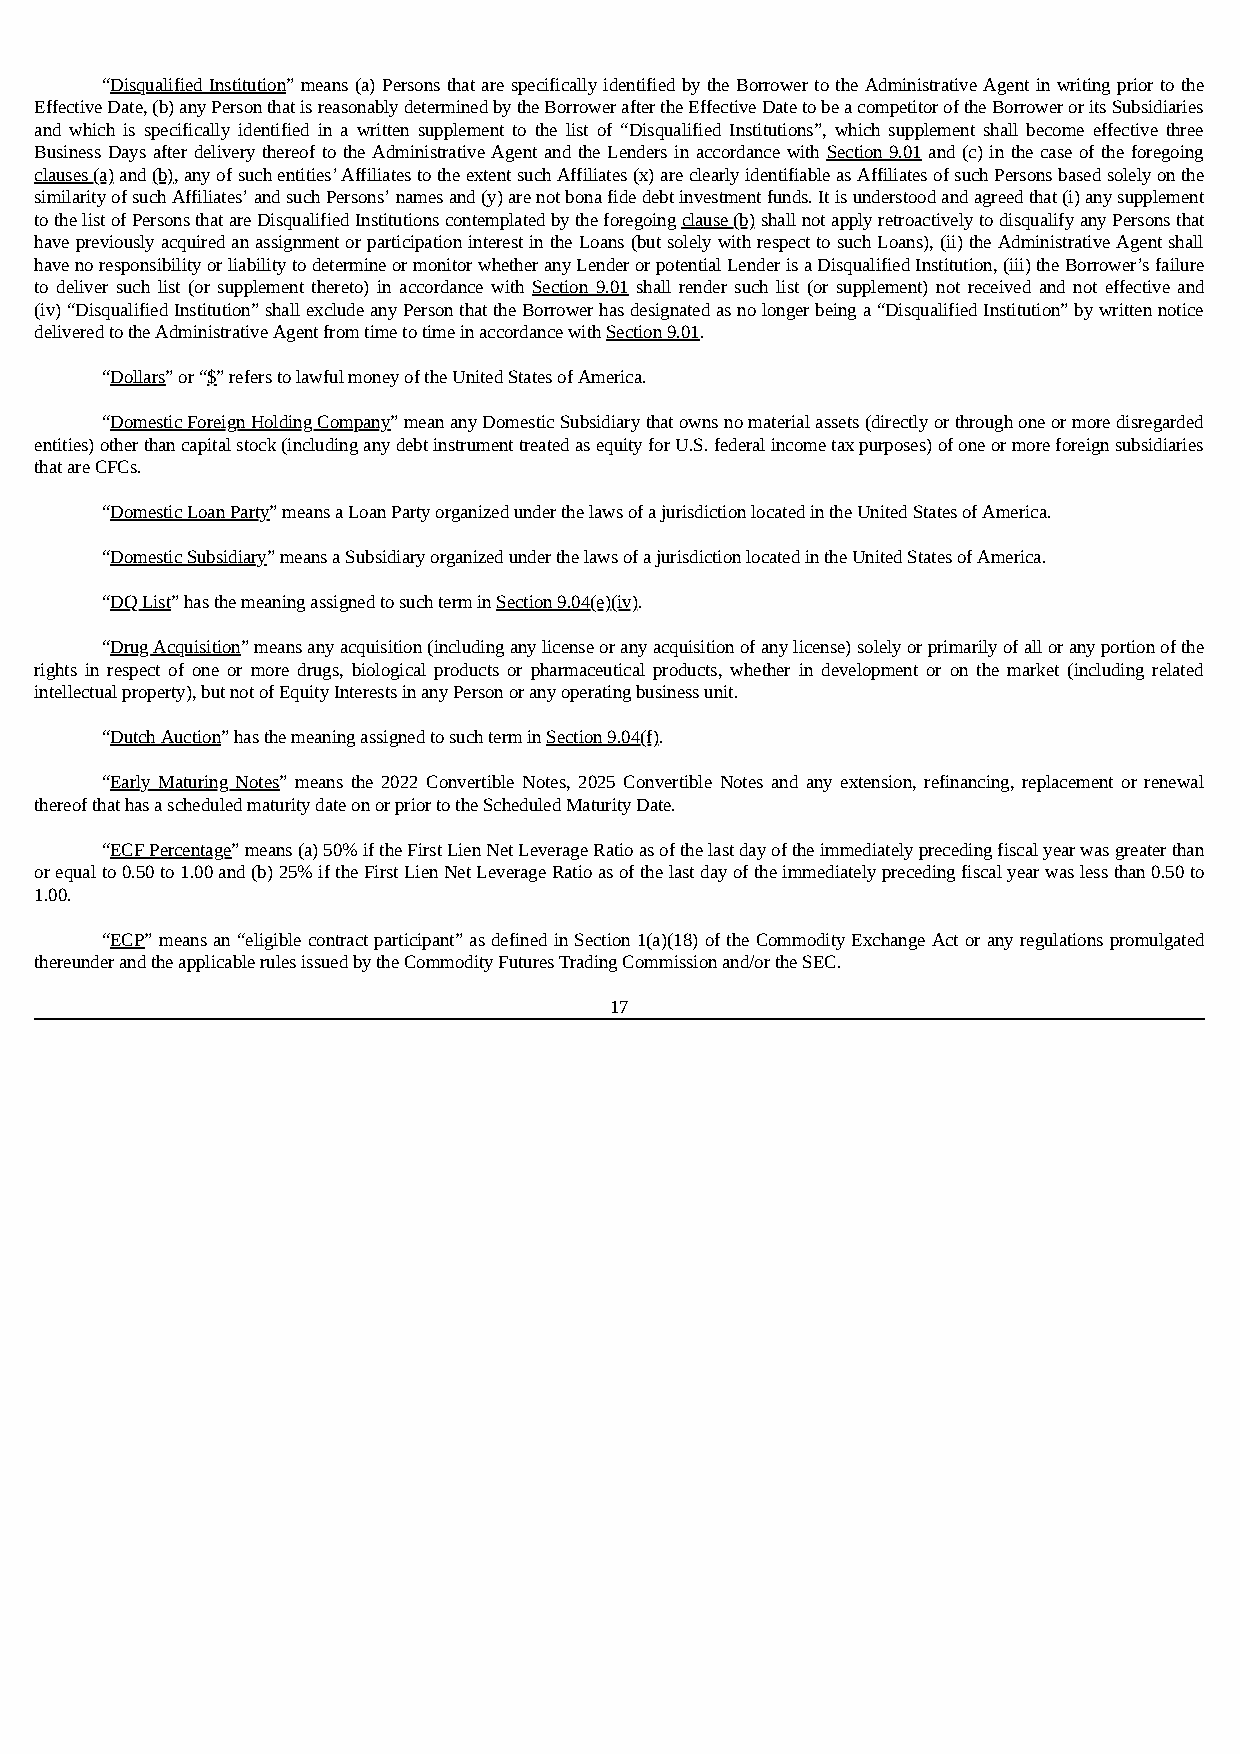
“Disqualified Institution” means (a) Persons that are specifically identified by the Borrower to the Administrative Agent in writing prior to the
 Effective Date, (b) any Person that is reasonably determined by the Borrower after the Effective Date to be a competitor of the Borrower or its Subsidiaries
 and which is specifically identified in a written supplement to the list of “Disqualified Institutions”, which supplement shall become effective three
 Business Days after delivery thereof to the Administrative Agent and the Lenders in accordance with Section 9.01 and (c) in the case of the foregoing
 clauses (a) and (b), any of such entities’ Affiliates to the extent such Affiliates (x) are clearly identifiable as Affiliates of such Persons based solely on the
 similarity of such Affiliates’ and such Persons’ names and (y) are not bona fide debt investment funds. It is understood and agreed that (i) any supplement
 to the list of Persons that are Disqualified Institutions contemplated by the foregoing clause (b) shall not apply retroactively to disqualify any Persons that
 have previously acquired an assignment or participation interest in the Loans (but solely with respect to such Loans), (ii) the Administrative Agent shall
 have no responsibility or liability to determine or monitor whether any Lender or potential Lender is a Disqualified Institution, (iii) the Borrower’s failure
 to deliver such list (or supplement thereto) in accordance with Section 9.01 shall render such list (or supplement) not received and not effective and
 (iv) “Disqualified Institution” shall exclude any Person that the Borrower has designated as no longer being a “Disqualified Institution” by written notice
 delivered to the Administrative Agent from time to time in accordance with Section 9.01.
 “Dollars” or “$” refers to lawful money of the United States of America.
 “Domestic Foreign Holding Company” mean any Domestic Subsidiary that owns no material assets (directly or through one or more disregarded
 entities) other than capital stock (including any debt instrument treated as equity for U.S. federal income tax purposes) of one or more foreign subsidiaries
 that are CFCs.
 “Domestic Loan Party” means a Loan Party organized under the laws of a jurisdiction located in the United States of America.
 “Domestic Subsidiary” means a Subsidiary organized under the laws of a jurisdiction located in the United States of America.
 “DQ List” has the meaning assigned to such term in Section 9.04(e)(iv).
 “Drug Acquisition” means any acquisition (including any license or any acquisition of any license) solely or primarily of all or any portion of the
 rights in respect of one or more drugs, biological products or pharmaceutical products, whether in development or on the market (including related
 intellectual property), but not of Equity Interests in any Person or any operating business unit.
 “Dutch Auction” has the meaning assigned to such term in Section 9.04(f).
 “Early Maturing Notes” means the 2022 Convertible Notes, 2025 Convertible Notes and any extension, refinancing, replacement or renewal
 thereof that has a scheduled maturity date on or prior to the Scheduled Maturity Date.
 “ECF Percentage” means (a) 50% if the First Lien Net Leverage Ratio as of the last day of the immediately preceding fiscal year was greater than
 or equal to 0.50 to 1.00 and (b) 25% if the First Lien Net Leverage Ratio as of the last day of the immediately preceding fiscal year was less than 0.50 to
 1.00.
 “ECP” means an “eligible contract participant” as defined in Section 1(a)(18) of the Commodity Exchange Act or any regulations promulgated
 thereunder and the applicable rules issued by the Commodity Futures Trading Commission and/or the SEC.
 17